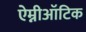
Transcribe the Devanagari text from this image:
ऐम्नीऑटिक